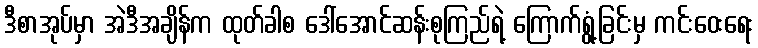
ဒီစာအုပ်မှာ အဲဒီအချိန်က ထုတ်ခါစ ဒေါ်အောင်ဆန်းစုကြည်ရဲ့ ကြောက်ရွံ့ခြင်းမှ ကင်းဝေးရေး